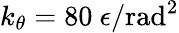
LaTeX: k_{\theta}=80~\epsilon/\mathrm{rad}^{2}